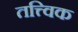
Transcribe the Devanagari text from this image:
तत्त्विक